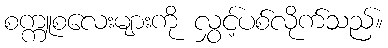
စက္ကူစလေးများကို လွှင့်ပစ်လိုက်သည်။